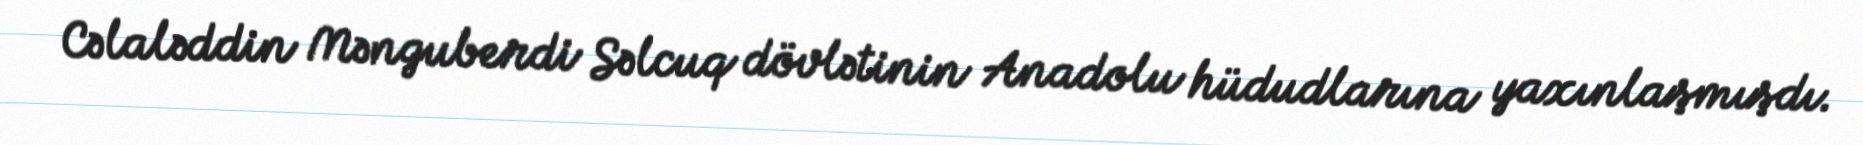
Cəlaləddin Mənguberdi Səlcuq dövlətinin Anadolu hüdudlarına yaxınlaşmışdı.